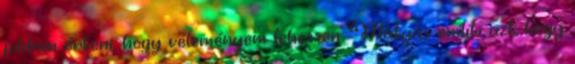
jobban érteni, hogy véleményem lehessen. Mátyás említi azt, hogy